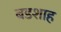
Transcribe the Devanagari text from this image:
बडशाह